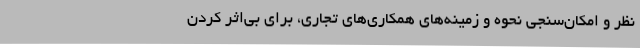
نظر و امکان‌سنجی نحوه و زمینه‌های همکاری‌های تجاری، برای بی‌اثر کردن